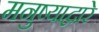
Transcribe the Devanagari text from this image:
मनुष्याद्वारे